Leningradi_Edasi_toimetus, lk 34
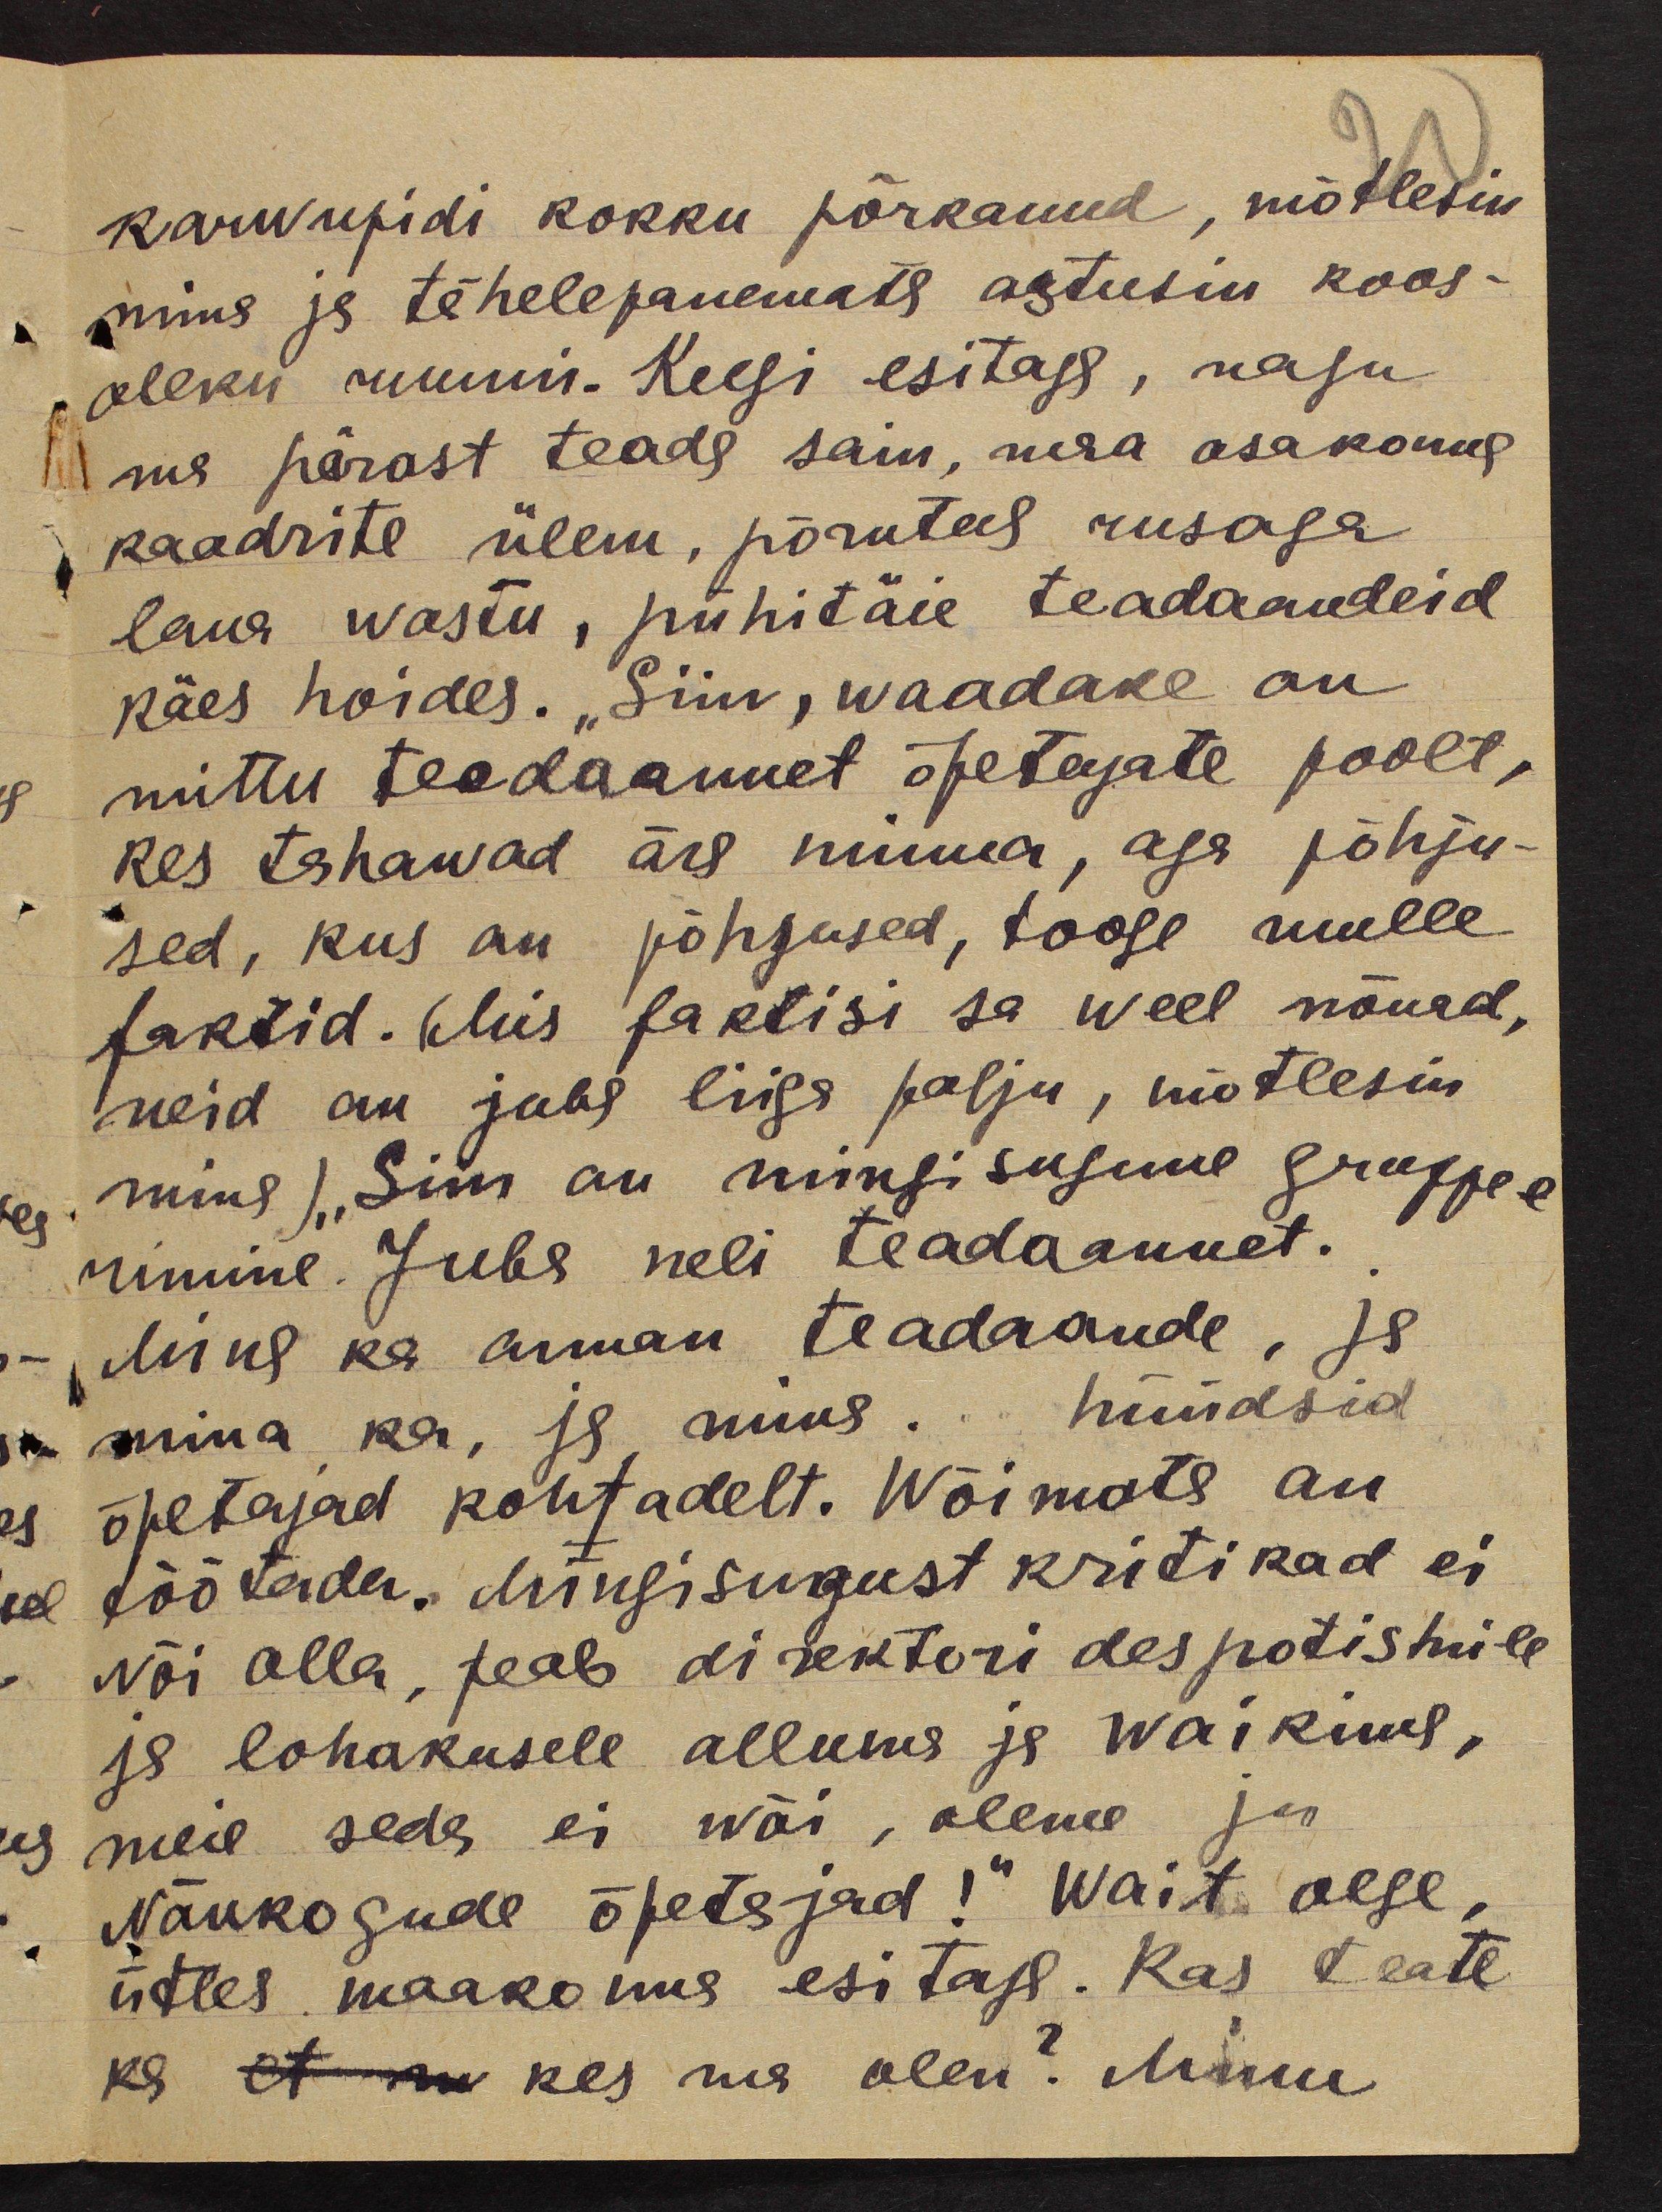
karwupidi kokku põrkanud, mõtlesin
mina ja tähelepanemata astusin koos-
oleku ruumi. Keegi esitaga, nagu
ma pärast teada sain, maa osakonna
kaadrite ülem, põrutus rusaga
laua wastu, pühitäie teadaandeid
käes hoides. "Siin, waadake on
mittu teadaannet õpetajate poolt,
kes tahawad ära minna, aga põhju-
sed, kus on põhjused, tooge mulle
faktid. (Mis faktisi sa weel nõuad,
neid on juba liiga palju, mõtlesin
mina )"Siin on mingisugune gruppee
rimine. Juba neli teadaannet.
Mina ka annan teadaande, ja
mina ka, ja mina. hüüdsid
õpetajad kohtadelt. Wõimata on
töötada. Mingisugust kritikad ei
wõi olla, peab direktori despotismile
ja lohakusele allume ja waikima,
meil seda ei wõi, oleme ju
Nõukogude õpetajad!“ Wait olge,
ütles maakonna esitaja. Kas teate
ka et mu kes ma olen? Minu